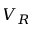
V _ { R }